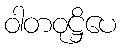
ဝါတဝုဋ္ဌိပေ